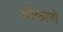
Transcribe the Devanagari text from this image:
ओंकारो